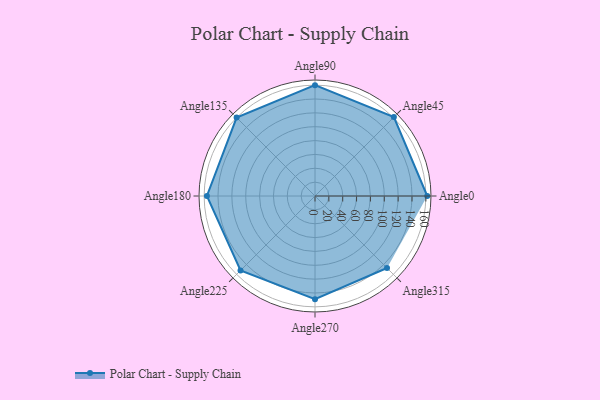
{"axis": {"x": "Angle", "y": "Radius"}, "legend": [""], "data": [{"x": "Angle0", "y": 162.0, "type": ""}, {"x": "Angle45", "y": 161.0, "type": ""}, {"x": "Angle90", "y": 160.0, "type": ""}, {"x": "Angle135", "y": 160.0, "type": ""}, {"x": "Angle180", "y": 156.0, "type": ""}, {"x": "Angle225", "y": 152.0, "type": ""}, {"x": "Angle270", "y": 149.0, "type": ""}, {"x": "Angle315", "y": 147.0, "type": ""}]}